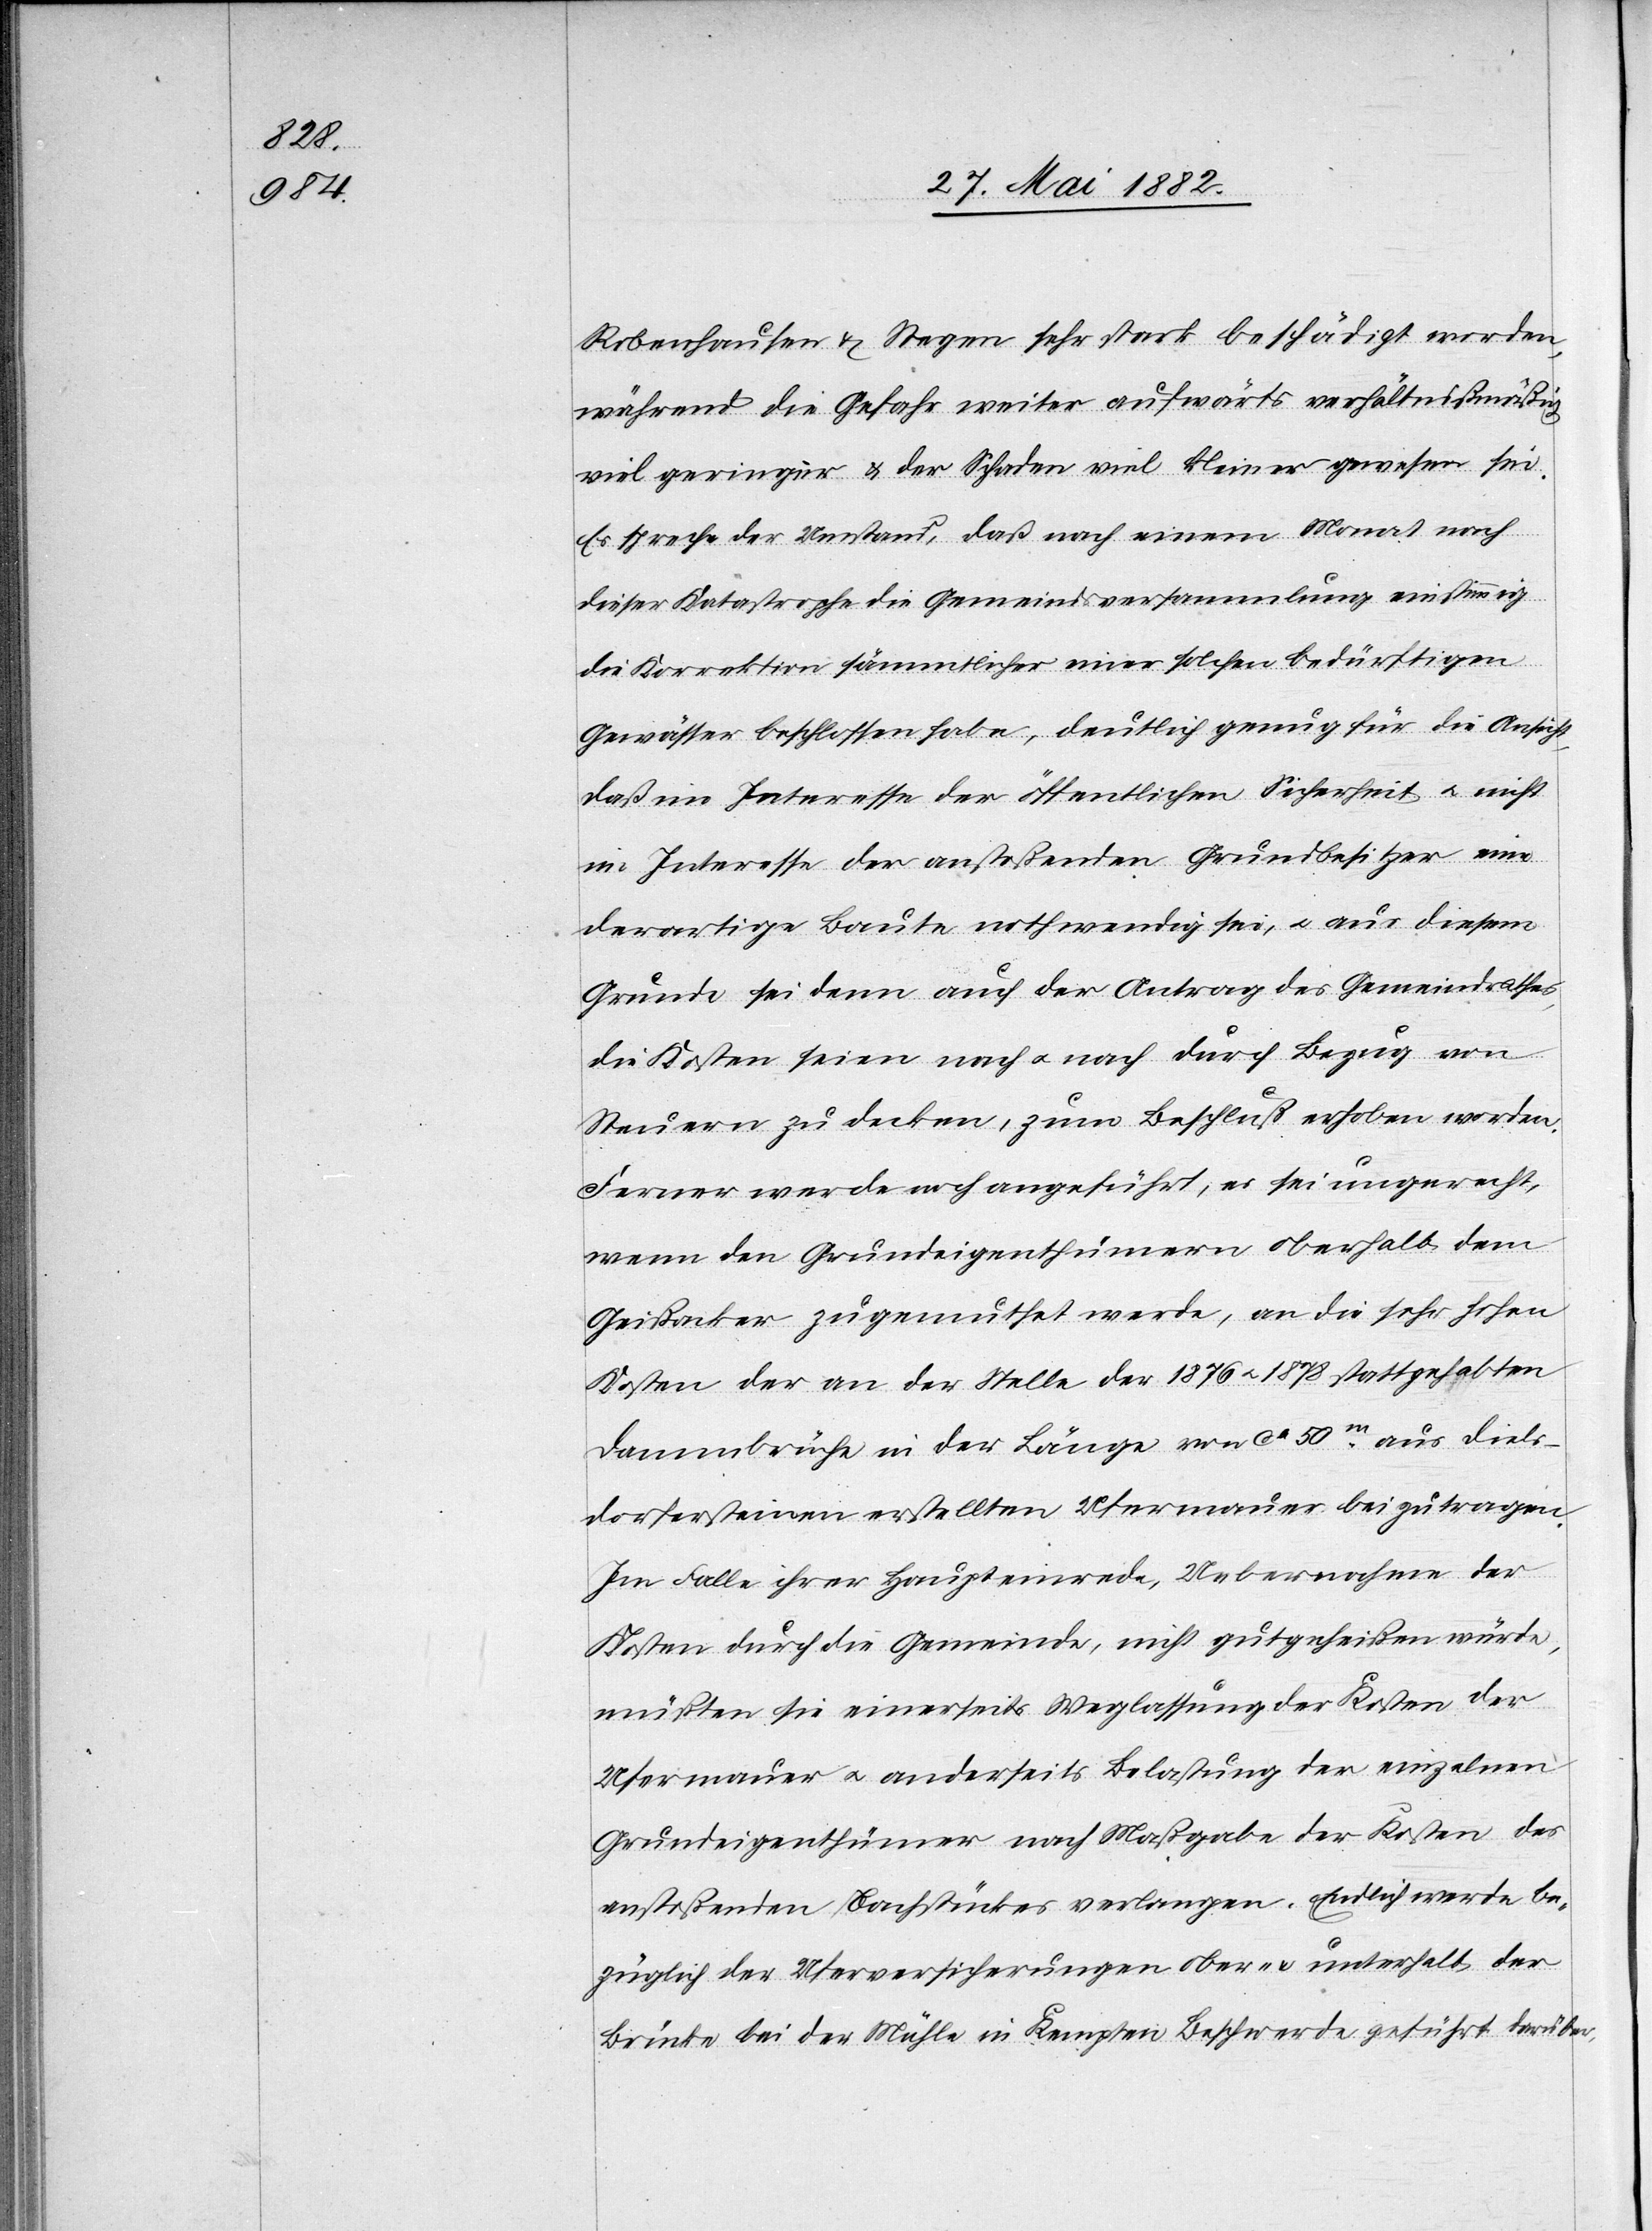
Robenhausen & Stegen sehr stark beschädigt worden,
während die Gefahr weiter aufwärts verhältnißmäßig
viel geringer & der Schaden viel kleiner gewesen sei.
Es spreche der Umstand, daß nach einem Monat nach
dieser Katastrophe die Gemeindsversammlung einstimmig
die Korrektion sämmtlicher einer solchen bedürftigen
Gewässer beschlossen haben, deutlich genug für die Ansicht,
daß ein Interesse der öffentlichen Sicherheit [sic!] u. nicht
im Interesse der anstoßenden Grundbesitzer eine
derartige Baute nothwendig sei, u. aus diesem
Grunde sei denn auch der Antrag des Gemeindrathes,
die Kosten seien nach u. nach durch Bezug von
Steuern zu decken, zum Beschluß erhoben worden.
Ferner werde noch angeführt, es sei ungerecht,
wenn den Grundeigenthümern oberhalb dem
Gießacker zugemuthet werde, an die sehr hohen
Kosten der an der Stelle der 1876 u. 1878 stattgehabten
Dammbrücke in der Länge von ca 50m aus Diels¬
dorfersteinen erstellten Ufermauer beizutragen.
Im Falle ihrer Haupteinrede, Uebernahme der
Kosten durch die Gemeinde, nicht gutgeheißen würde
müßten sie einerseits Weglassung der Kosten der
Ufermauer u. anderseits Belastung der einzelnen
Grundeigenthümer nach Maßgabe der Kosten des
anstoßenden Bachstückes verlangen. Endlich werde be¬
züglich der Uferversicherungen ober- & unterhalb der
Brücke bei der Mühle in Kempten Beschwerde geführt darüber,